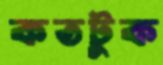
কতটুক